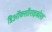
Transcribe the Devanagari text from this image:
डिऑक्सीराइबोस